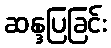
ဆန္ဒပြခြင်း